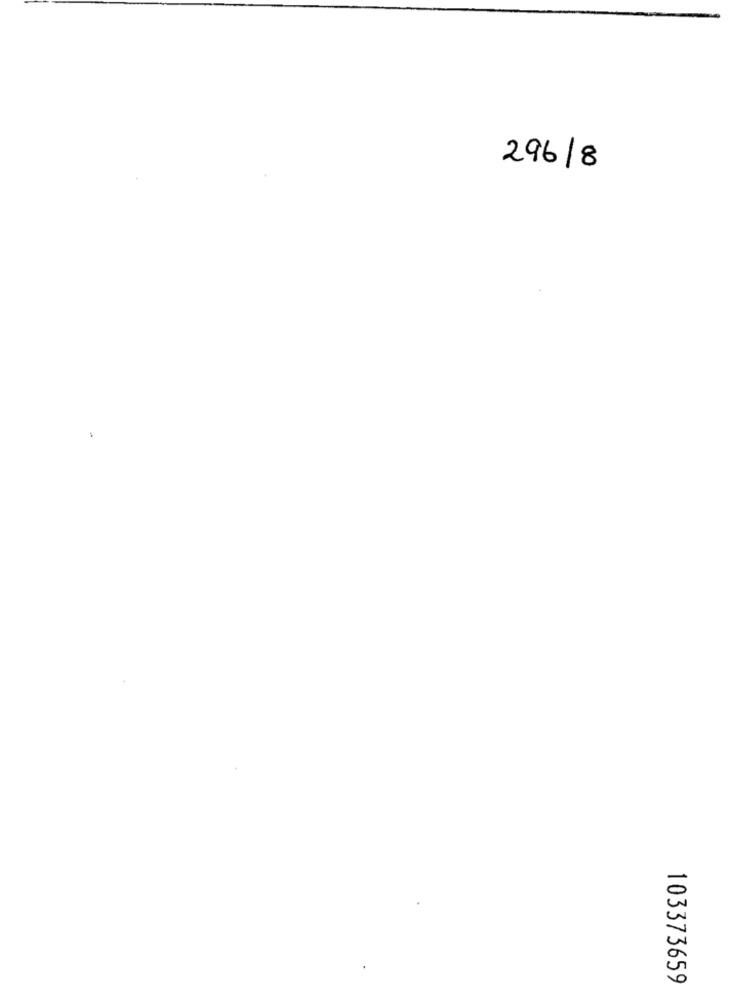
296/8
103373659